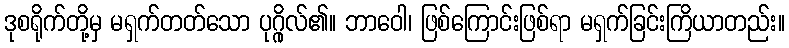
ဒုစရိုက်တို့မှ မရှက်တတ်သော ပုဂ္ဂိုလ်၏။ ဘာဝေါ၊ ဖြစ်ကြောင်းဖြစ်ရာ မရှက်ခြင်းကြိယာတည်း။